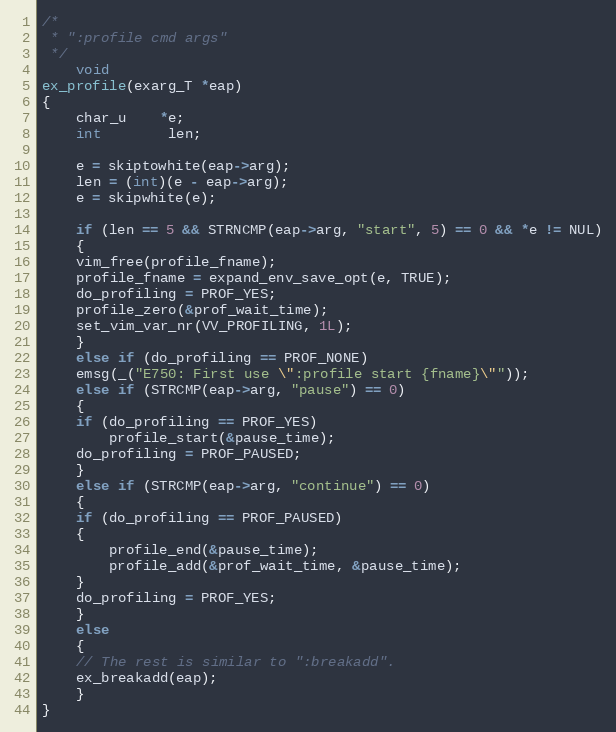
Language: C
/*
 * ":profile cmd args"
 */
    void
ex_profile(exarg_T *eap)
{
    char_u	*e;
    int		len;

    e = skiptowhite(eap->arg);
    len = (int)(e - eap->arg);
    e = skipwhite(e);

    if (len == 5 && STRNCMP(eap->arg, "start", 5) == 0 && *e != NUL)
    {
	vim_free(profile_fname);
	profile_fname = expand_env_save_opt(e, TRUE);
	do_profiling = PROF_YES;
	profile_zero(&prof_wait_time);
	set_vim_var_nr(VV_PROFILING, 1L);
    }
    else if (do_profiling == PROF_NONE)
	emsg(_("E750: First use \":profile start {fname}\""));
    else if (STRCMP(eap->arg, "pause") == 0)
    {
	if (do_profiling == PROF_YES)
	    profile_start(&pause_time);
	do_profiling = PROF_PAUSED;
    }
    else if (STRCMP(eap->arg, "continue") == 0)
    {
	if (do_profiling == PROF_PAUSED)
	{
	    profile_end(&pause_time);
	    profile_add(&prof_wait_time, &pause_time);
	}
	do_profiling = PROF_YES;
    }
    else
    {
	// The rest is similar to ":breakadd".
	ex_breakadd(eap);
    }
}